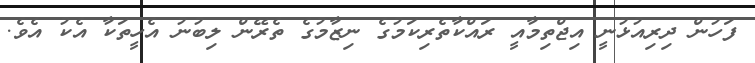
ފަހުން ދިރިއުޅުނީ އިޖްތިމާއީ ރައްކާތެރިކަމުގެ ނިޒާމުގެ ތެރޭން ލިބުނު އެހީތަކާ އެކު އެވެ.